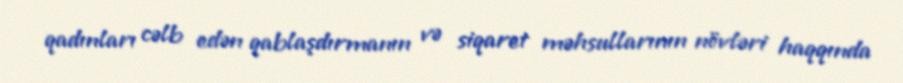
qadınları cəlb edən qablaşdırmanın və siqaret məhsullarının növləri haqqında